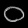
Digit: ၀